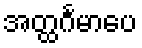
အတ္ထင်္ဂမာပေ